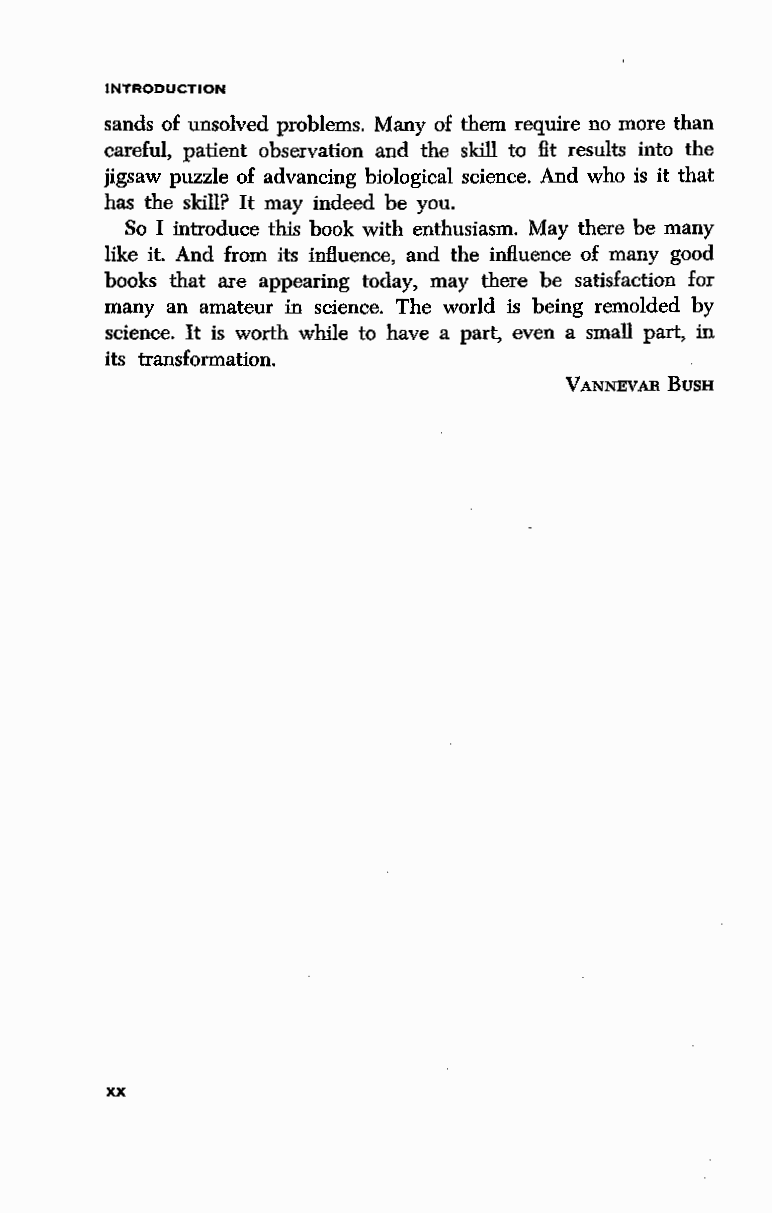
INTRODUCTION
 sands of unsolved problems. Many of them require no more than
 careful, patient observation and the skill to fit results into the
 jigsaw puzzle of advancing biological science. And who is it that
 has the skill? It may indeed be you.
 So I introduce this book with enthusiasm. May there be many
 like it. And from its influence, and the influence of many good
 books that are appearing today, may there be satisfaction for
 many an amateur in science. The world is being remolded by
 science. It is worth while to have a part, even a small part, in
 its transformation.
 VANNEVAR BusH
 XX